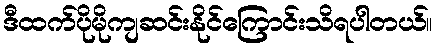
ဒီထက်ပိုမိုကျဆင်းနိုင်ကြောင်းသိရပါတယ်။